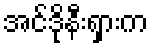
အင်ဒိုနီးရှားက